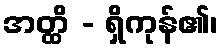
အတ္ထိ - ရှိကုန်၏၊